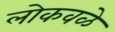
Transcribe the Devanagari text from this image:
लोकवळे